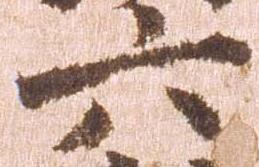
六